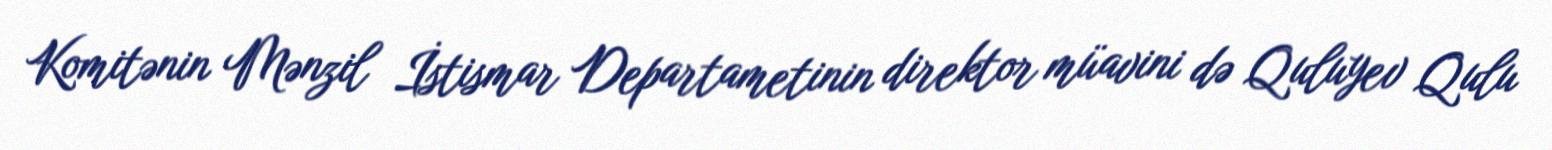
Komitənin Mənzil İstismar Departametinin direktor müavini də Quluyev Qulu